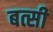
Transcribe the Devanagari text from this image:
बत्सी